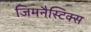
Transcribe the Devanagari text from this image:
जिमनैस्टिक्स